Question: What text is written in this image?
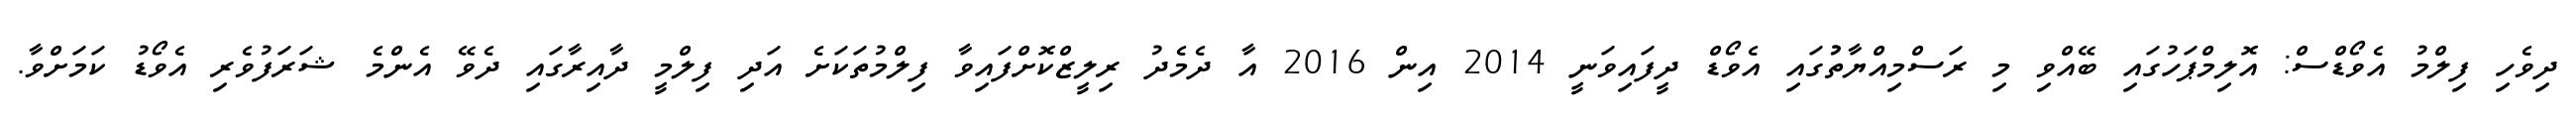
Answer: ދިވެހި ފިލްމު އެވޯޑްސް: އޮލިމްޕަހުގައި ބޭއްވި މި ރަސްމިއްޔާތުުގައި އެވޯޑް ދީފައިވަނީ 2014 އިން 2016 އާ ދެމެދު ރިލީޒްކޮށްފައިވާ ފިލްމުތަކަށެ އަދި ފިލްމީ ދާއިރާގައި ދެވޭ އެންމެ ޝަރަފުވެރި އެވޯޑު ކަމަށްވާ.